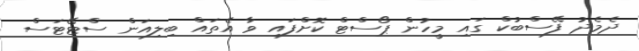
ދެމެދު ފޭސްބުކް ގައި މީހުން ޕޯސްޓް ކޮށްފައި ވާ އެތައް ބިލިއަން ސްޓޭޓަސް